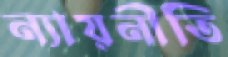
ন্যায়নীতি